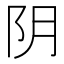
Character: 阴